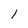
Character: 1